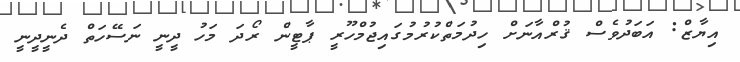
އިޔާޒް: އަބަދުވެސް ޤުރްއާނަށް ހިދުމަތްކުރުމުގައިޖުމްހޫރީ ޕާޓީން ރޯދަ މަހު ދީނީ ނަސޭހަތް ދެނީދީނީ